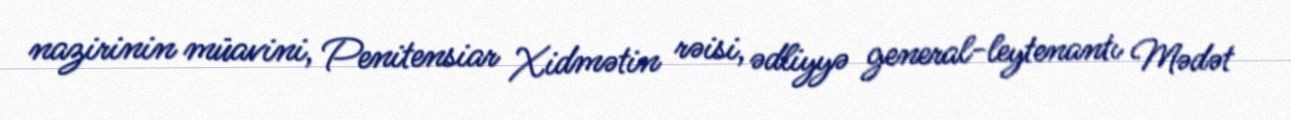
nazirinin müavini, Penitensiar Xidmətin rəisi, ədliyyə general-leytenantı Mədət